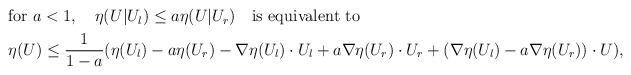
\begin{align*}\begin{aligned}&\mbox{for}~a<1,\quad\eta(U|U_l) \le a\eta(U|U_r) \quad\mbox{is equivalent to}\\&\eta(U) \le \frac{1}{1-a} (\eta(U_l)-a\eta(U_r) -\nabla \eta(U_l)\cdot U_l + a\nabla \eta(U_r)\cdot U_r +(\nabla \eta(U_l)-a\nabla \eta(U_r))\cdot U),\end{aligned} \end{align*}